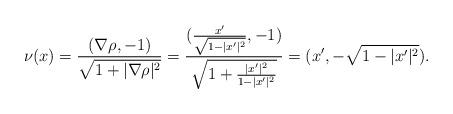
LaTeX: \begin{align*} \nu(x)=\frac{( \nabla \rho,-1 )}{\sqrt{1+|\nabla \rho|^2}}=\frac{(\frac{x'}{\sqrt{1-|x'|^2}},-1 )}{\sqrt{1+\frac{|x'|^2}{1-|x'|^2}}}=(x',-\sqrt{1-|x'|^2}).\end{align*}